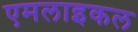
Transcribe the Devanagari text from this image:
एमलाइकल